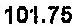
101.75